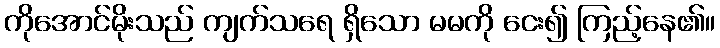
ကိုအောင်မိုးသည် ကျက်သရေ ရှိသော မမကို ငေး၍ ကြည့်နေ၏။